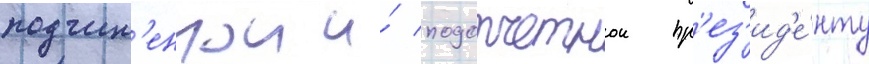
подчин'еннои и́ подотчетнои пр'ез'ид'е́нту